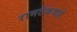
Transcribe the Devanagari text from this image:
रामटेककडे